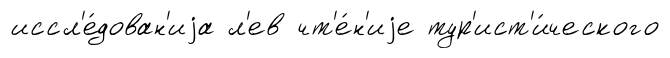
иссл'е́дован'иjа л'ев чт'е́н'иjе тур'ист'и́ческого